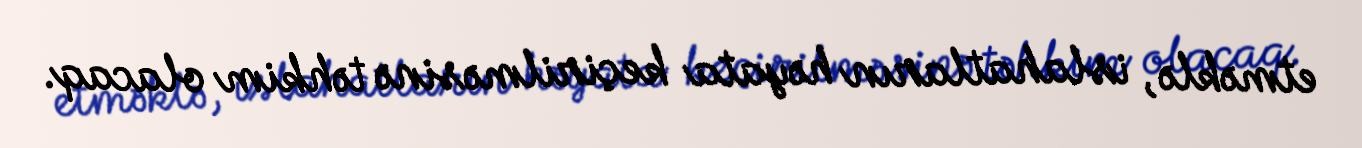
etməklə, islahatların həyata keçirilməsinə təhkim olacaq.